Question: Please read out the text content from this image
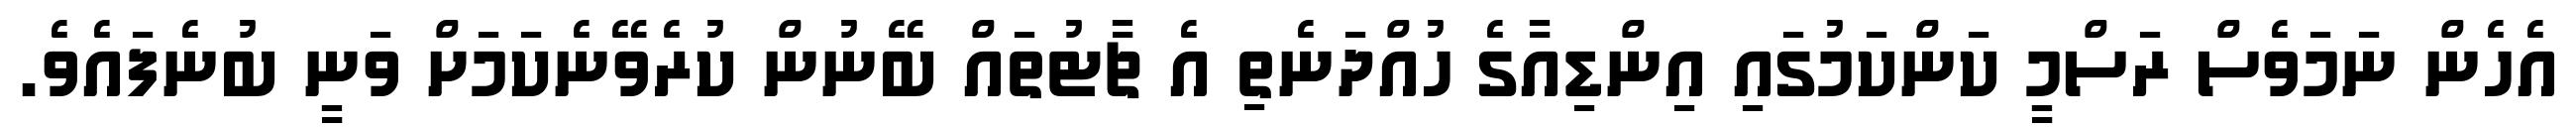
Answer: އެހެން ނަމަވެސް ރަސްމީ ކަންކަމުގައި އިންޑިއާގެ ހުއްދަނެތި އެ ޗާޓުތައް ބޭނުން ކުރެވޭނެކަމަށް ވަނީ ބުނެފައެވެ.